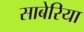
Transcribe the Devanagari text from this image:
साबेरिया